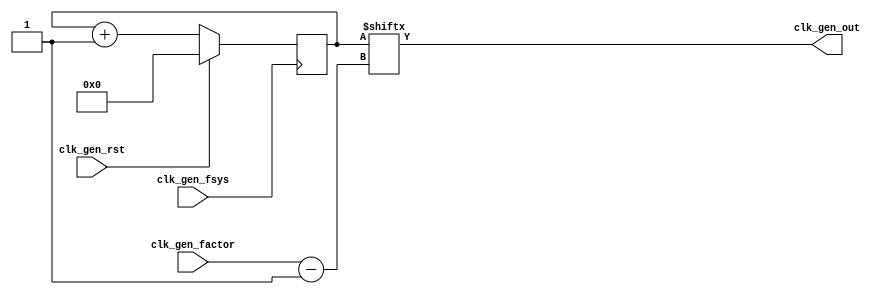
`timescale 1ns / 1ps
//////////////////////////////////////////////////////////////////////////////////
// Company: 
// Engineer: 
// 
// Design Name: 
// Module Name: clk_gen
// Project Name: 
// Target Devices: 
// Tool Versions: 
// Description: 
// 
// Dependencies: 
// 
// Revision:
// Revision 0.01 - File Created
// Additional Comments:
// 
//////////////////////////////////////////////////////////////////////////////////


module clk_gen #(parameter SIZE = 32)(
    input clk_gen_fsys,
    input clk_gen_rst,
    input [4:0] clk_gen_factor,
    output clk_gen_out
);
    
reg [SIZE-1:0] clk_gen_counter;    

initial
    clk_gen_counter = 0;
always@(posedge clk_gen_fsys)
    begin:CLOCKGENERATOR    
        if(clk_gen_rst)clk_gen_counter<=0;
        else
            clk_gen_counter <= clk_gen_counter +1;
    end
assign clk_gen_out = clk_gen_counter[clk_gen_factor-1];
   
endmodule